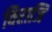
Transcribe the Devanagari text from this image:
विराजि